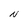
Character: N